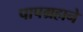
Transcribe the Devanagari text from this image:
पापग्रहाने